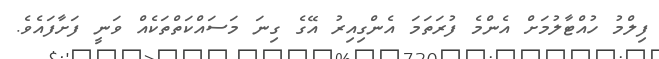
ފިލްމު ހުއްޓާލުމަށް އެންމެ ފުރަތަމަ އެންގިއިރު އޭގެ ގިނަ މަސައްކަތްތަކެއް ވަނީ ފަށާފައެވެ.